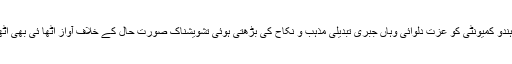
اور ہندو کمیونٹی کو عزت دلوائی وہاں جبری تبدیلی مذہب و نکاح کی بڑھتی ہوئی تشویشناک صورت حال کے خلاف آواز اٹھا ئی بھی اٹھائی۔